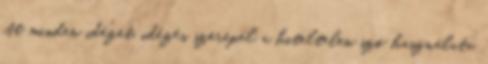
itt minden idézet, idézés szerepel a hiteltelen szó használata